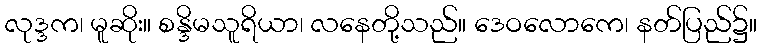
လုဒ္ဒက၊ မူဆိုး။ စန္ဒိမသူရိယာ၊ လနေတို့သည်။ ဒေဝလောကေ၊ နတ်ပြည်၌။